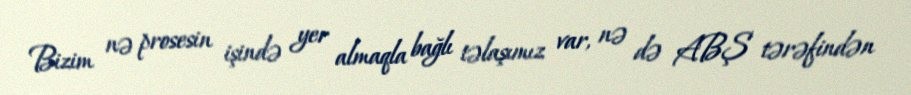
Bizim nə prosesin işində yer almaqla bağlı təlaşımız var, nə də ABŞ tərəfindən